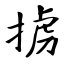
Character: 掳